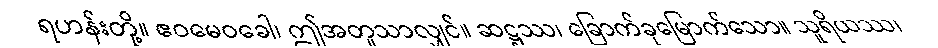
ရဟန်းတို့။ ဧဝမေဝခေါ၊ ဤအတူသာလျှင်။ ဆဋ္ဌဿ၊ ခြောက်ခုမြောက်သော။ သူရိယဿ၊